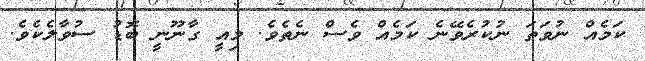
ކަމެއް ނުވަތަ ނުކުރެވޭނެ ކަމެއް ވެސް ނެތެވެ. މިއީ ގާނޫނީ ބޮޑު ސުވާލެކެވެ.